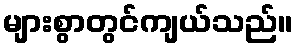
များစွာတွင်ကျယ်သည်။